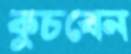
কুচবেন